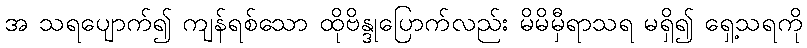
အ သရပျောက်၍ ကျန်ရစ်သော ထိုဗိန္ဒုပြောက်လည်း မိမိမှီရာသရ မရှိ၍ ရှေ့သရကို